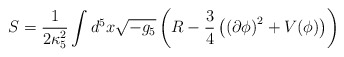
\begin{align*}S=\frac{1}{2\kappa_5^2}\int d^5x \sqrt{-g_5}\left(R-\frac{3}{4}\left(\left(\partial \phi\right)^2 +V(\phi)\right)\right)\end{align*}